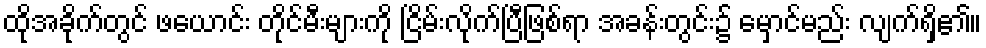
ထိုအခိုက်တွင် ဖယောင်း တိုင်မီးများကို ငြိမ်းလိုက်ပြီဖြစ်ရာ အခန်းတွင်း၌ မှောင်မည်း လျက်ရှိ၏။